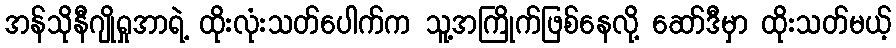
အန်သိုနီဂျိုရှုအာရဲ့ ထိုးလုံးသတ်ပေါက်က သူ့အကြိုက်ဖြစ်နေလို့ ဆော်ဒီမှာ ထိုးသတ်မယ့်